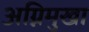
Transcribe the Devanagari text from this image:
अग्निमुखा